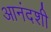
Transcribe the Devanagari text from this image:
आनंदशी